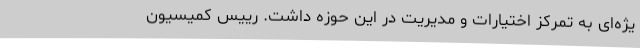
یژه‌ای به تمرکز اختیارات و مدیریت در این حوزه داشت. رییس کمیسیون